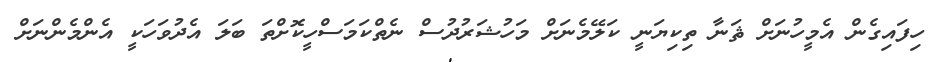
ހިފައިގެން އެމީހުނަށް ޘަނާ ތިކިޔަނީ ކަލޭމެނަށް މަހުޝަރުދުސް ނެތްކަމަސްހީކޮށްތަ ބަލަ އެދުވަހަކީ އެންމެންނަށް